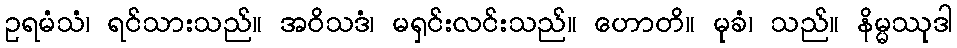
ဥရမံသံ၊ ရင်သားသည်။ အဝိသဒံ၊ မရှင်းလင်းသည်။ ဟောတိ။ မုခံ၊ သည်။ နိမ္မဿုဒါ